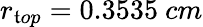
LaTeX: r_{\mathfrak{t}op}=0.3535~cm